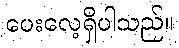
ပေးလေ့ရှိပါသည်။